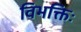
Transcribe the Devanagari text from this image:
विभक्तिः